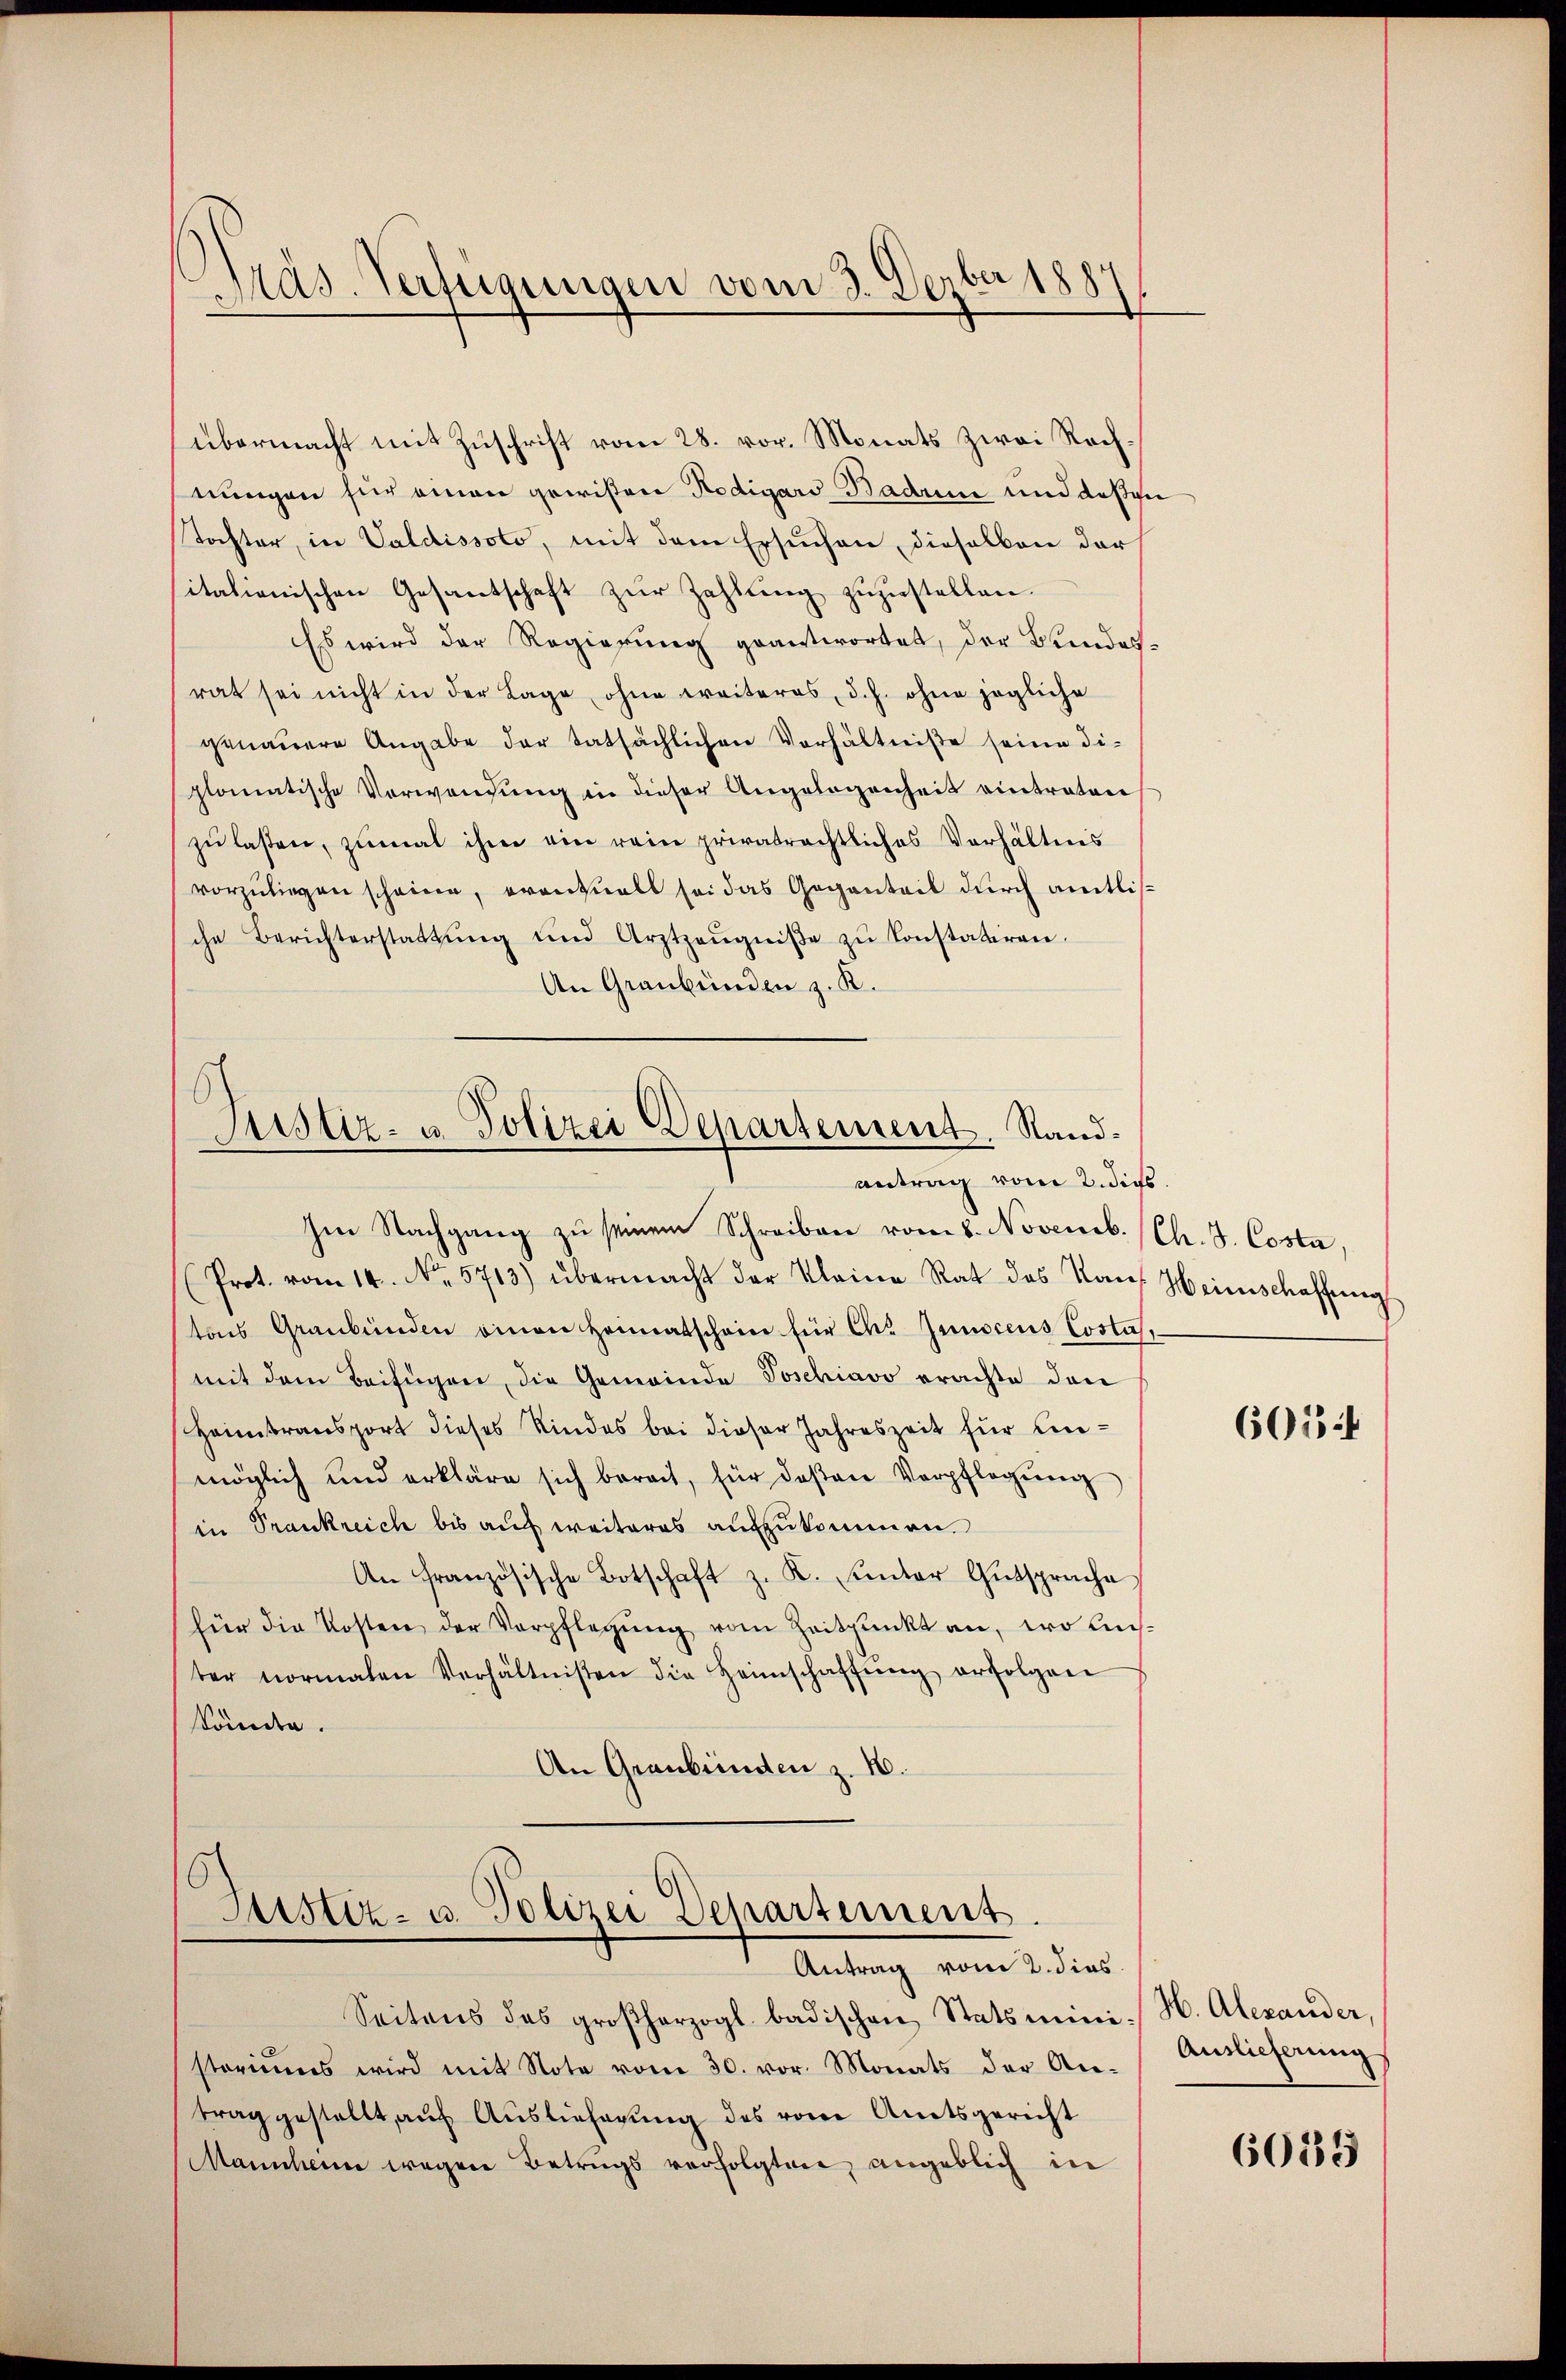
Pras-Verfügungen vom 3. Dezber 1887

übermacht mit Zuschrift vom 28. vor. Monats zwei Rechnungen für einen gewißen Rodigars Baden und deßen
Tochter, in Valdissoto, mit dem Ersuchen, dieselben der
sitationischen Gesantschaft zŭr Zahlŭng zuzustellen.
Es wird der Regierung geantwortet, der Bundesrat sei nicht in der Lage, ohne weiteres, d. h. ohne jegliche
genauere Angabe der tatsächlichen Verhältniße seine di-
plomatische Verwendung in dieser Angelegenheit eintraten
zŭ lassen, zumal ihm ein rein privatrechtliches Verhältnis
vorzuliegen scheine, eventuell sei das Gegenteil durch amtlische Berichterstattŭng und Arztzeŭgniβe zŭ konstatiren.
An Graubünden z. B.

Justiz- u. Polizei Departement. Standantrag vom 2. dies

Ien Nachgang zu seinem Schreiben vom 8. Novemb. (Ch. J. Costa,
(Prot. vom 14. No. 5713) übermacht der Kleine Rat des Kauf Heimschaffung
tons Graubünden einen Heimatschein für Ch. Junocens Costa,
mit dem Beifügen, die Gemeinde Joschiavo erachte den
Heimtransport dieses Kindes bei dieser Jahreszeit für Ein-
möglich und erkläre sich berait, für deßen Verpflegŭng
in Trankreich bis auch weiteres auszukommen.
An französische Botschaft z. K. unter Gutsprache
für die Kosten der Verpflegung vom Zeitpunkt an, wo auster normalen Verhältnißen die Heimschaffŭng erfolgen
könnte.
An Graubünden z. B.

Justiz- u. Polizei Departement.
Antrag vom 2. dies

Seitens des großherzogl. badischen Statsmini- H. Alexander,
storiums wird mit Note vom 30. vor. Monats der An-Anlieferŭng
trag gestellt, auf Auslieferung des vom Amtsgericht
Manscheine wegen Betrugs verfolgten angeblich in

6054

6035